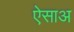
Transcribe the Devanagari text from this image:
ऐसाअ